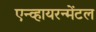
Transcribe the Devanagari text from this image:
एन्व्हायरन्मेंटल